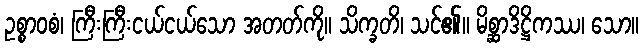
ဥစ္စာဝစံ၊ ကြီးကြီးငယ်ငယ်သော အတတ်ကို။ သိက္ခတိ၊ သင်၏။ မိစ္ဆာဒိဋ္ဌိကဿ၊ သော။